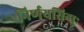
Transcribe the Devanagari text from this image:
निर्णयसिन्धुः